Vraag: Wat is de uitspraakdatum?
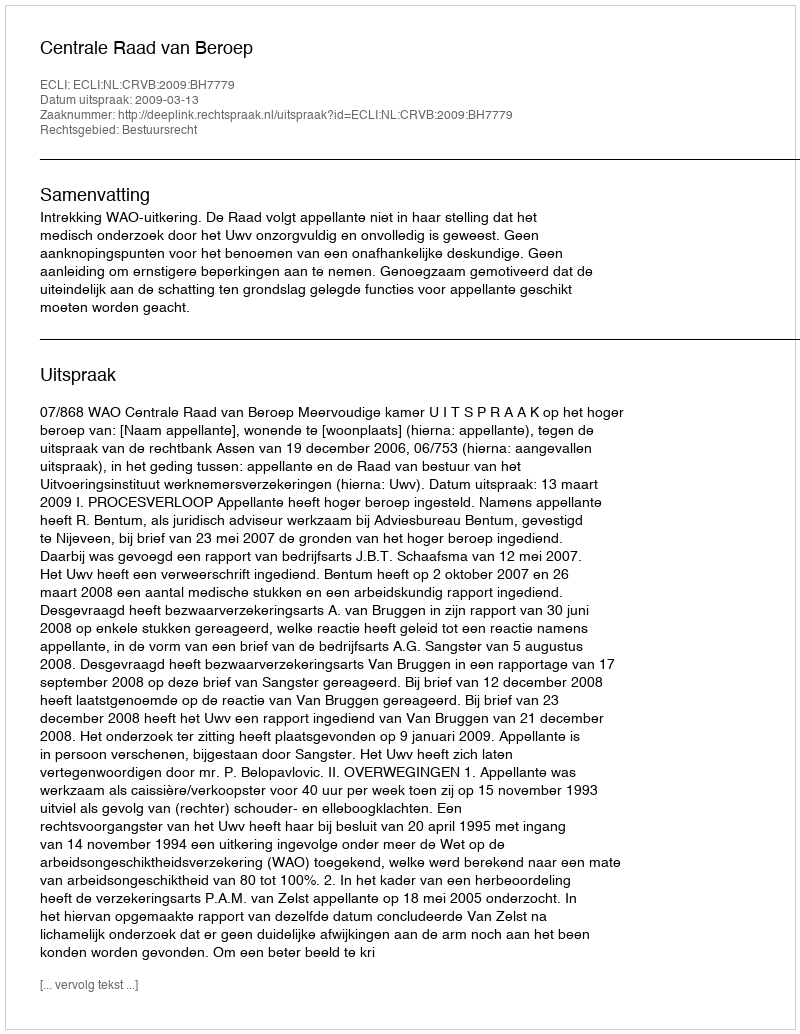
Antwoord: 2009-03-13